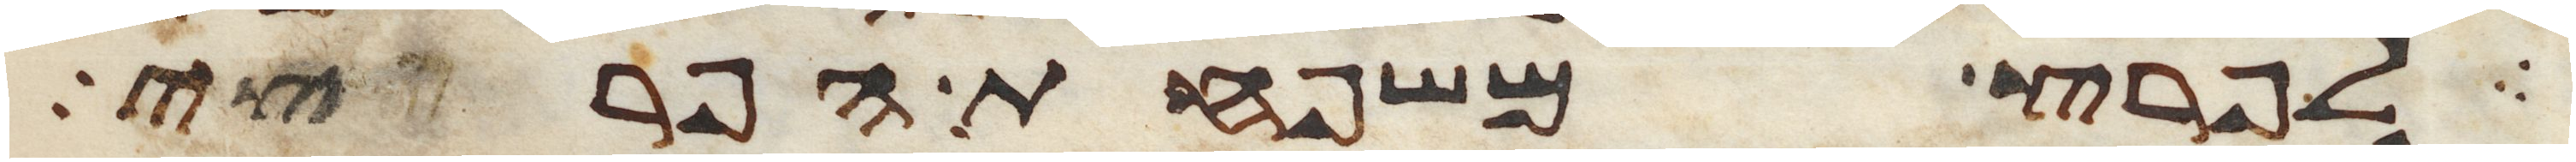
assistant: לפרץ משפחת הפריצי